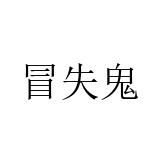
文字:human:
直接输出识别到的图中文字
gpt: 冒失鬼